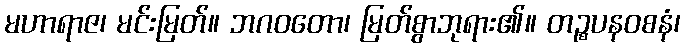
မဟာရာဇ၊ မင်းမြတ်။ ဘဂဝတော၊ မြတ်စွာဘုရား၏။ တဉ္စပနဝစနံ၊